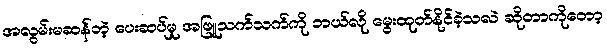
အလွမ်းမဆန်တဲ့ ပေးဆပ်မှု အဖြူသက်သက်ကို ဘယ်လို မွေးထုတ်နိုင်ခဲ့သလဲ ဆိုတာကိုတော့